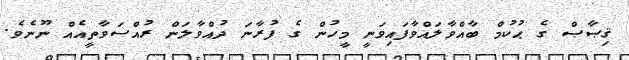
ޤިޞާޞް ގެ ޙުކުމް ބާއްވާލައްވާފައިވަނީ މީހުން ގެ ފުރާނަ ދުއްވާލަން ރުއްސަވާތީއެއް ނޫނެވެ.